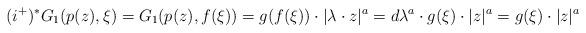
\begin{align*}(i^+)^*G_1(p(z), \xi)=G_1(p(z), f(\xi))=g(f(\xi))\cdot |\lambda\cdot z|^a=d\lambda^a\cdot g(\xi) \cdot|z|^a=g(\xi) \cdot|z|^a\end{align*}